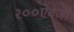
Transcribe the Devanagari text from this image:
२००ऐवजी